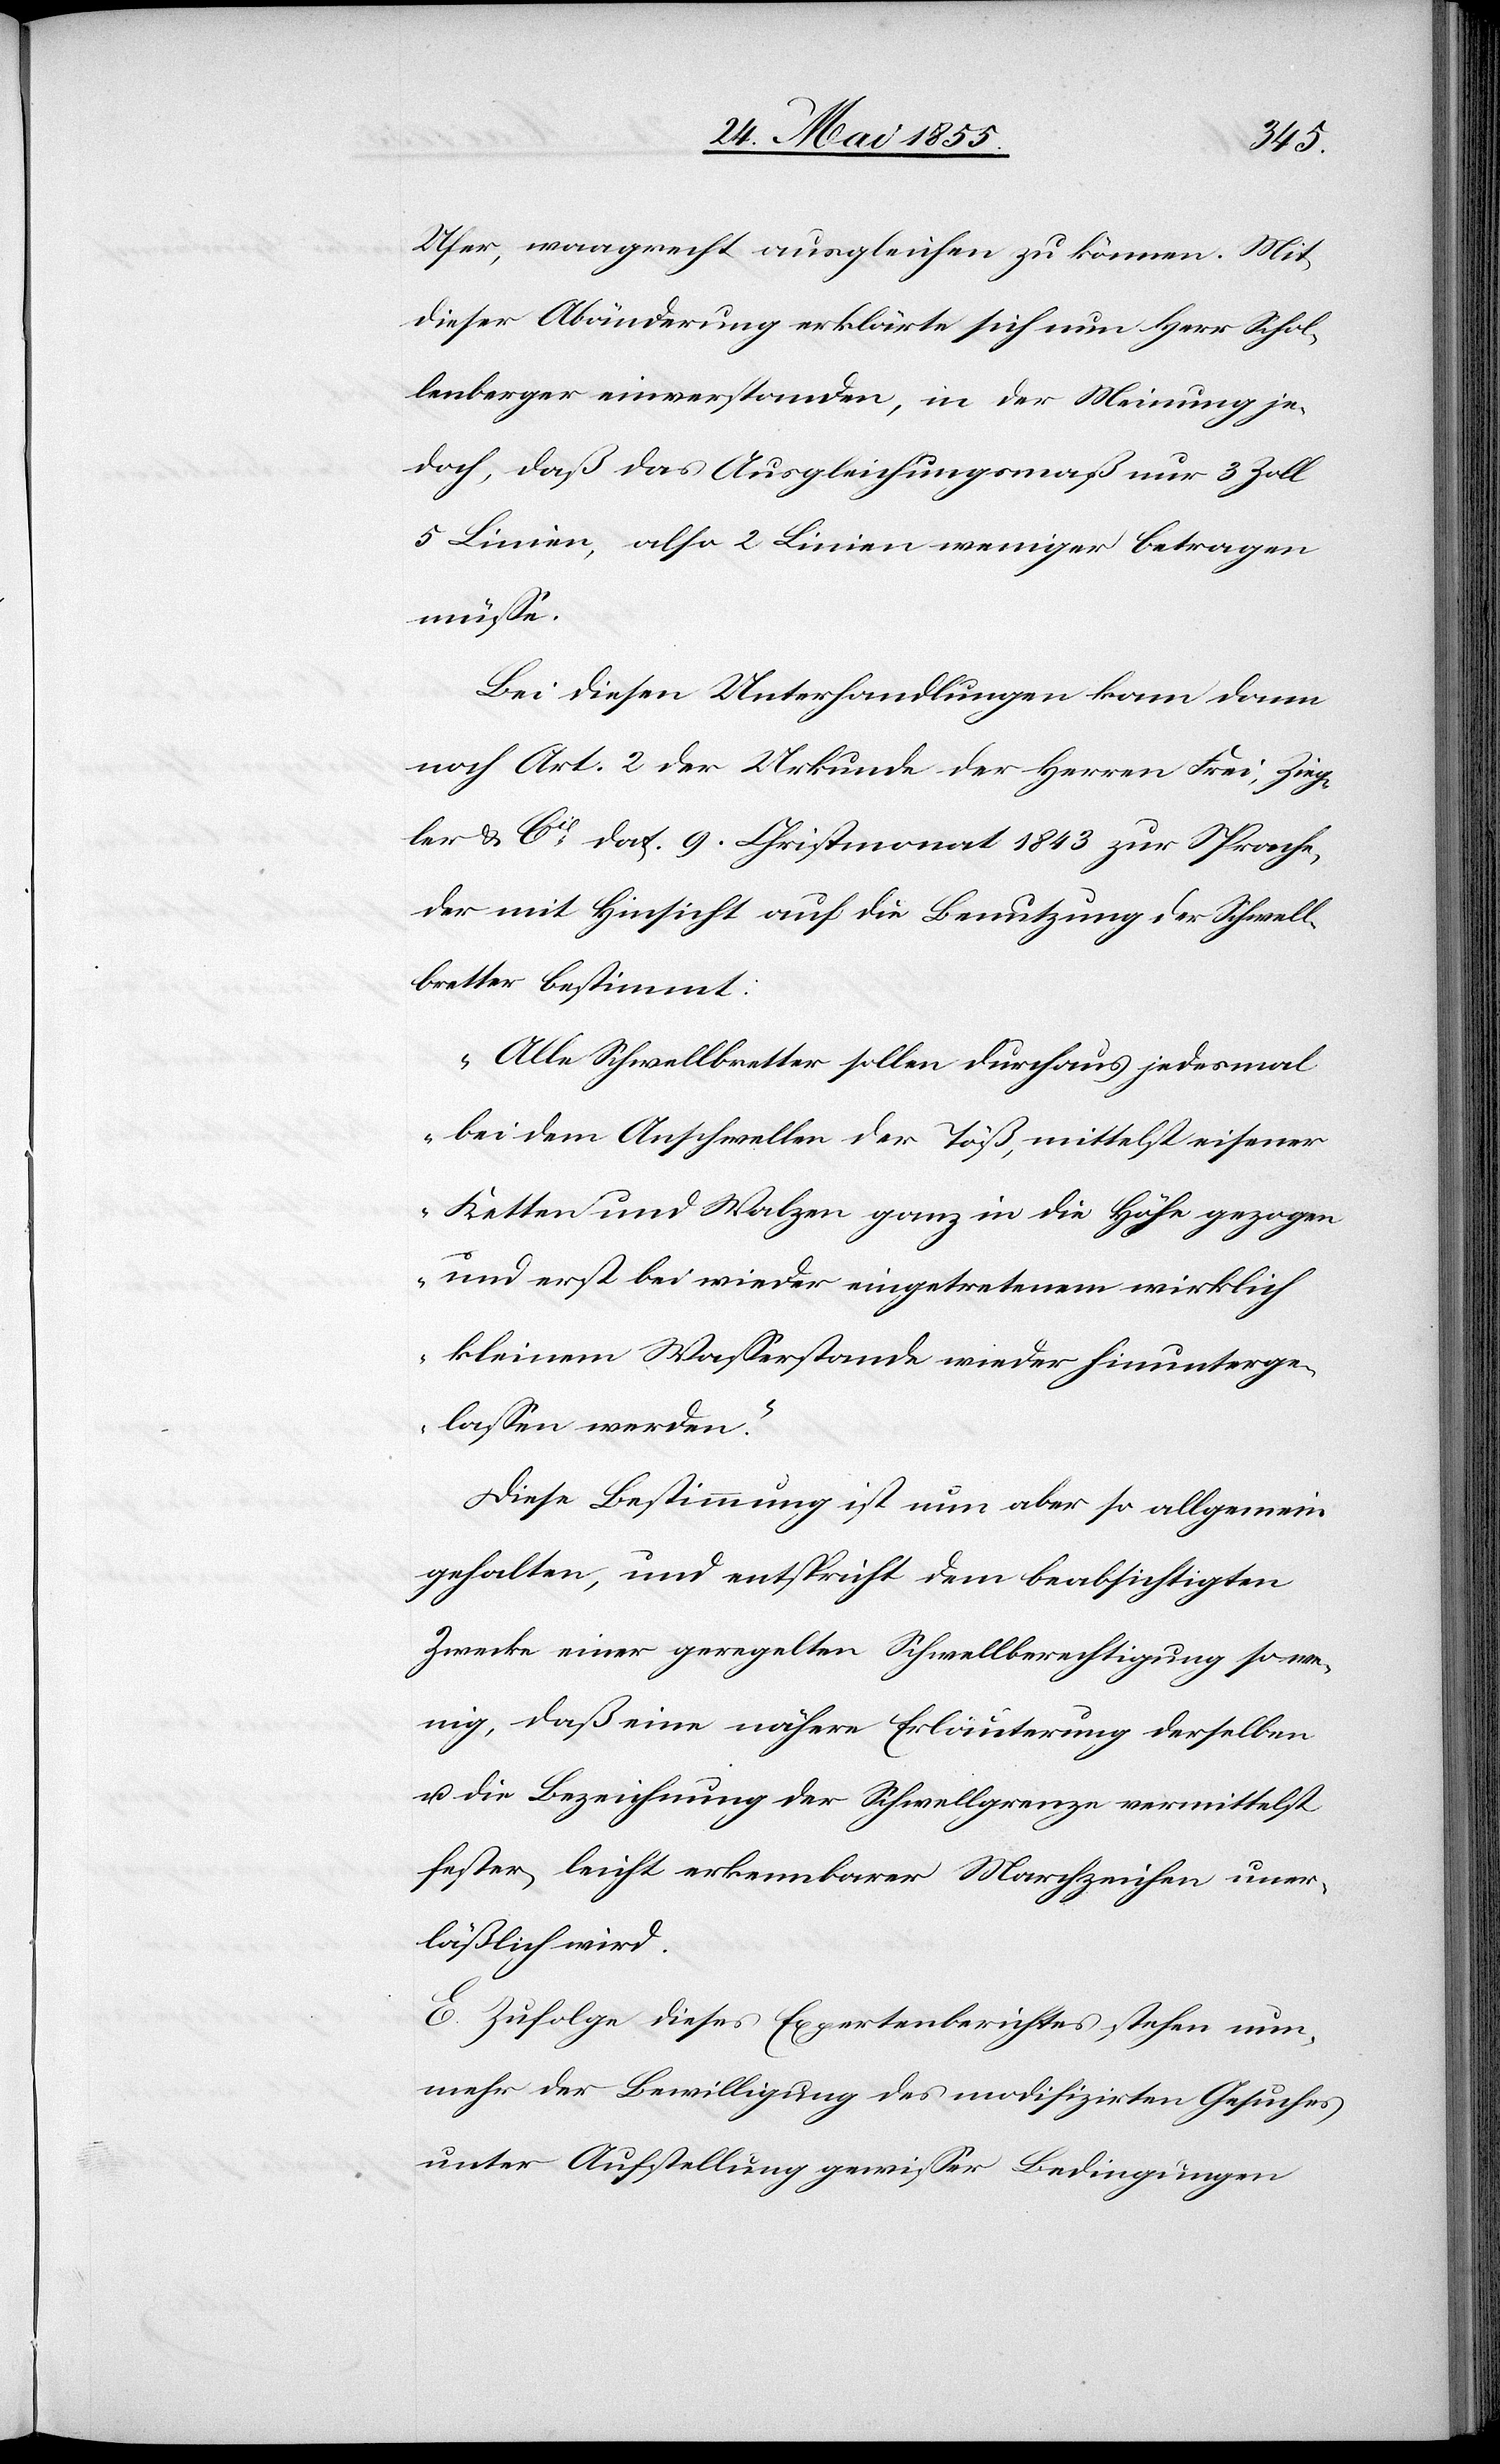
Ufer, waagrecht ausgleichen zu können. Mit
dieser Abänderung erklärte sich nun Herr Schol¬
lenberger einverstanden, in der Meinung je¬
doch, daß das Ausgleichungsmaß nur 3 Zoll
5 Linien, also 2 Linien weniger betragen
müsse.
Bei diesen Unterhandlungen kam dann
noch Art. 2 der Urkunde der Herren Frei, Zieg¬
ler & Cie dat. 9. Christmonat 1843 zur Sprache,
der mit Hinsicht auf die Benutzung der Schwell¬
bretter bestimmt:
„Alle Schwellbretter sollen durchaus jedesmal
bei dem Anschwellen der Töß, mittelst eisener
Ketten und Walzen ganz in die Höhe gezogen
und erst bei wieder eingetretenem wirklich
kleinem Wasserstande wieder hinunterge¬
lassen werden.“
Diese Bestimmung ist nun aber so allgemein
gehalten, und entspricht dem beabsichtigten
Zwecke einer geregelten Schwellberechtigung so we¬
nig, daß eine nähere Erläuterung derselben
u. die Bezeichnung der Schwellgrenze vermittelst
fester, leicht erkennbarer Marchzeichen uner¬
läßlich wird.
E. Zufolge dieses Expertenberichtes stehen nun¬
mehr der Bewilligung des modifizirten Gesuches
unter Aufstellung gewisser Bedingungen